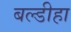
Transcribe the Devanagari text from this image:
बल्डीहा